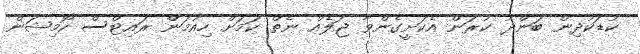
ކުޑަކުދިން ބަންދު ކުރަން އެކަށީގެންވާ ޖަލެއް ނެތް ކަމަށް ހިއުމަން ރައިޓްސް ކޮމިޝަން